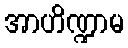
အာဟိဏ္ဍာမ